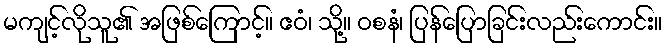
မကျင့်လိုသူ၏ အဖြစ်ကြောင့်။ ဧဝံ၊ သို့။ ဝစနံ၊ ပြန်ပြောခြင်းလည်းကောင်း။